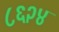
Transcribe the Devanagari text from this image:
८६२४